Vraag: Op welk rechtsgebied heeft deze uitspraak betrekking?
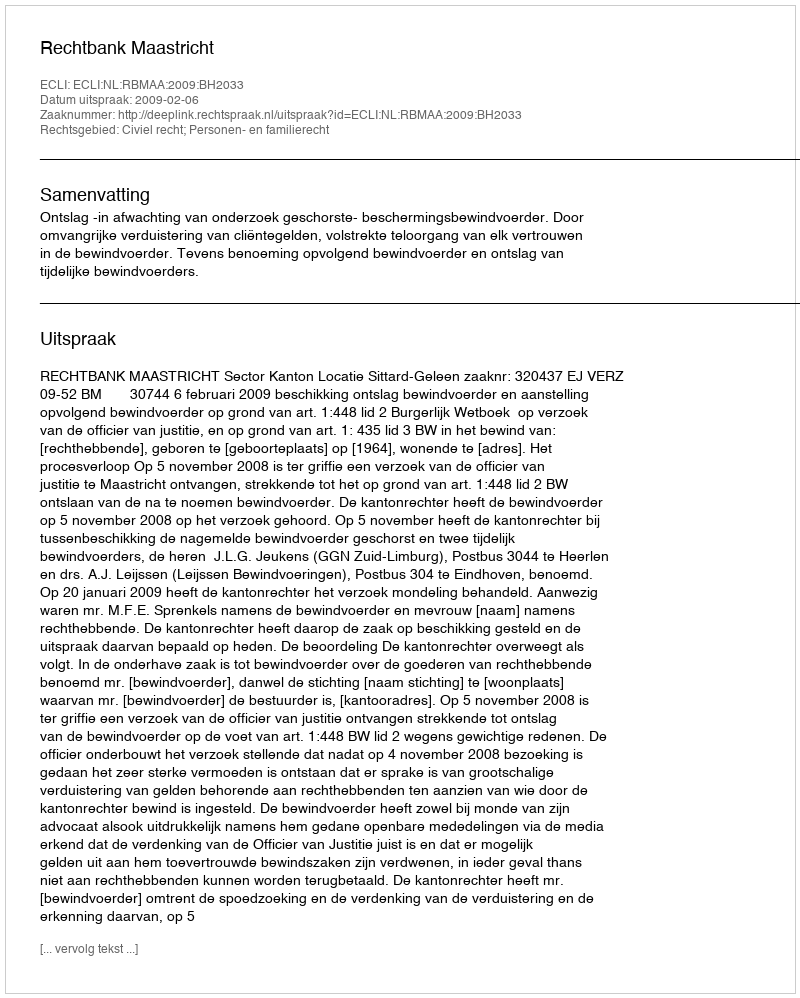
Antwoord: Civiel recht; Personen- en familierecht